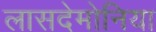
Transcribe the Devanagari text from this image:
लासदेमोनिया